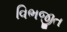
વિભજીત